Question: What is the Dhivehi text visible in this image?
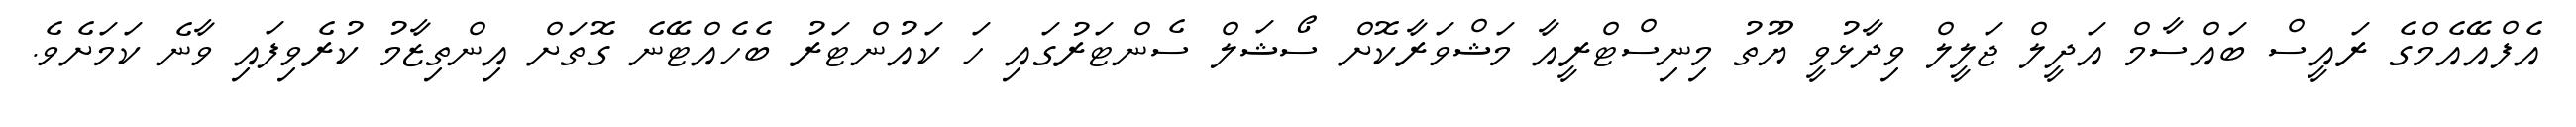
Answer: އެފްއޭއެމްގެ ރައީސް ބައްސާމް އަދީލް ޖަލީލް ވިދާޅުވީ ޔޫތު މިނިސްޓްރީއާ މަޝްވަރާކޮށް ސޯޝަލް ސެންޓަރުގައި ހަ ކައުންޓަރު ބެހެއްޓޭނެ ގޮތަށް އިންތިޒާމު ކުރެވިފައި ވާނެ ކަމަށެވެ.